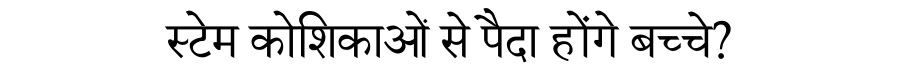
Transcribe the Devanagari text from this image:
स्टेम कोशिकाओं से पैदा होंगे बच्चे?